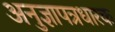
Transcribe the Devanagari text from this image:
अनुज्ञापत्रधारक